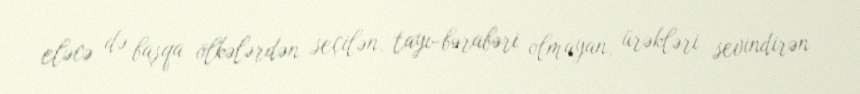
eləcə də başqa ölkələrdən seçilən, tayı-bərabəri olmayan, ürəkləri sevindirən